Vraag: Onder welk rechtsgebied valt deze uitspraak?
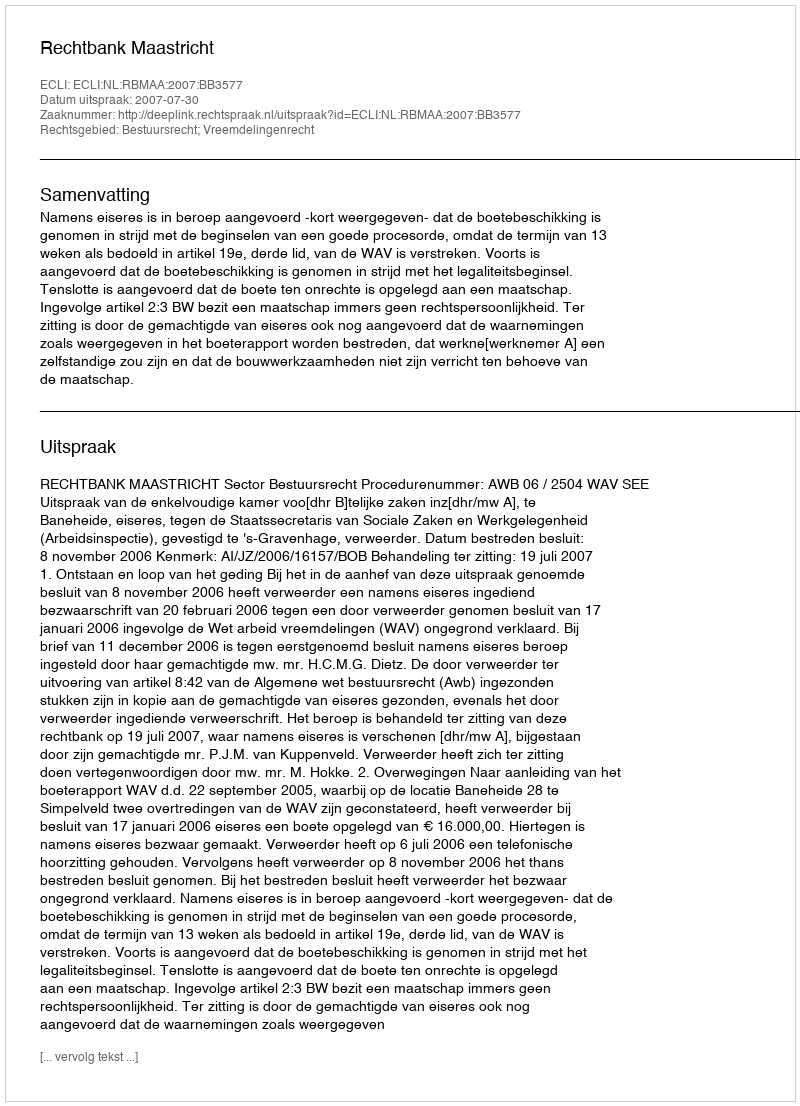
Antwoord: Bestuursrecht; Vreemdelingenrecht